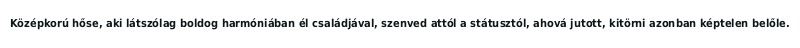
Középkorú hőse, aki látszólag boldog harmóniában él családjával, szenved attól a státusztól, ahová jutott, kitörni azonban képtelen belőle.